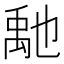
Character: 𥝀